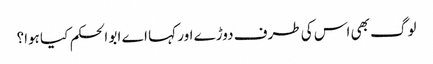
لوگ بھی اس کی طرف دوڑے اور کہا اے ابو الحکم کیا ہوا؟